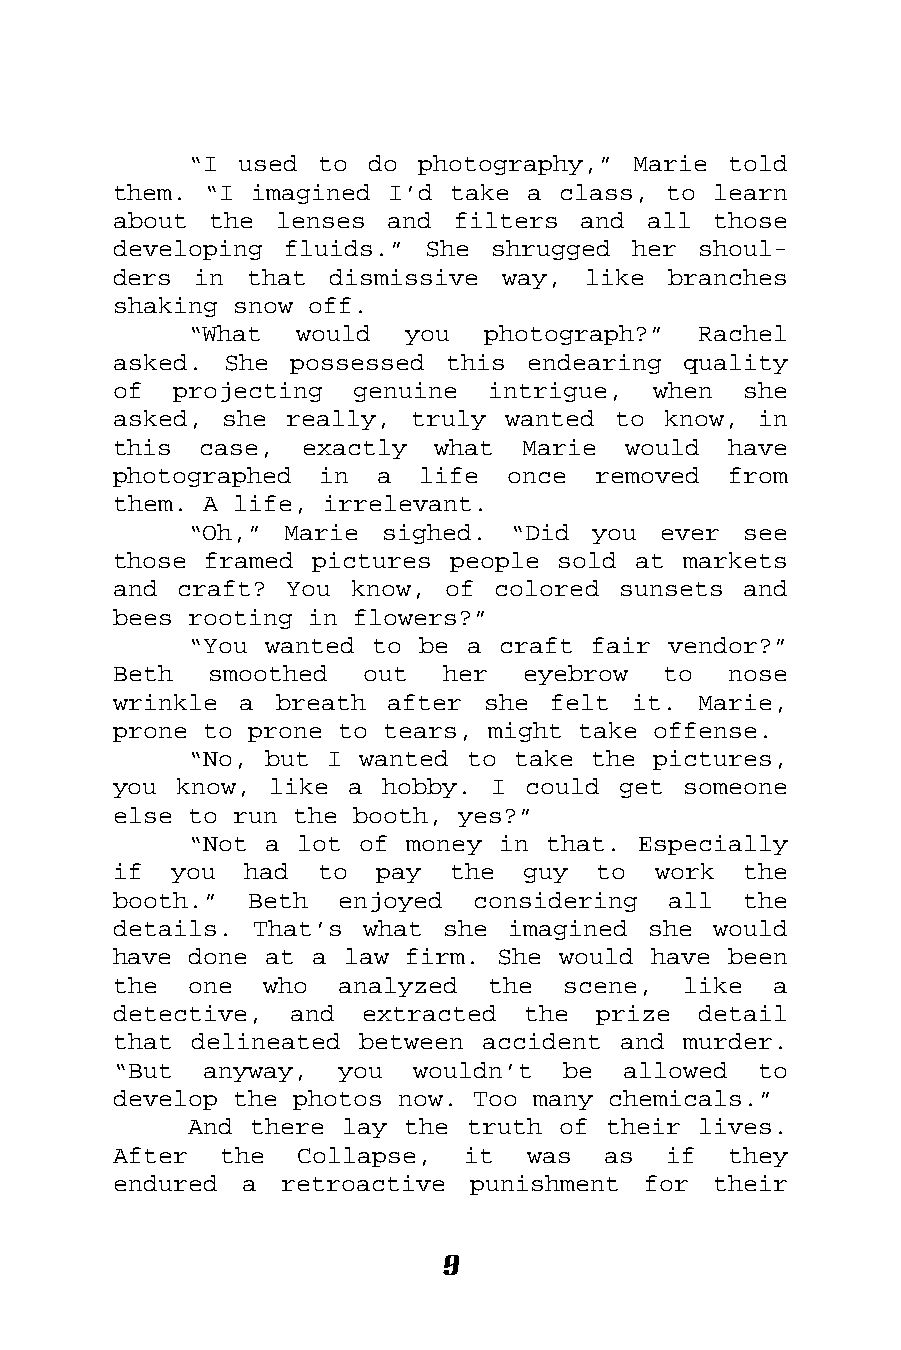
“I used to  do photography,” Marie  told
 them. “I imagined I’d take a class, to  learn
 about the  lenses and filters  and all  those
 developing fluids.”  She shrugged her  shoul-
 ders in  that dismissive  way, like  branches
 shaking snow off.
 “What  would  you  photograph?”   Rachel
 asked. She  possessed this endearing  quality
 of  projecting  genuine  intrigue,  when  she
 asked, she really,  truly wanted to know,  in
 this  case, exactly  what  Marie  would  have
 photographed  in a  life  once  removed  from
 them. A life, irrelevant.
 “Oh,” Marie  sighed. “Did  you ever  see
 those framed pictures people sold at  markets
 and craft? You  know, of colored sunsets  and
 bees rooting in flowers?”
 “You wanted to be a craft fair  vendor?”
 Beth  smoothed  out   her  eyebrow  to   nose
 wrinkle a  breath after she  felt it.  Marie,
 prone to prone to tears, might take offense.
 “No, but I wanted to take the  pictures,
 you know, like  a hobby. I could get  someone
 else to run the booth, yes?”
 “Not a lot of money in  that. Especially
 if  you  had to  pay  the  guy  to  work  the
 booth.”  Beth  enjoyed  considering  all  the
 details. That’s what  she imagined she  would
 have done at a law firm. She would have  been
 the  one  who  analyzed  the  scene,  like  a
 detective,  and extracted  the  prize  detail
 that delineated between accident and  murder.
 “But  anyway,  you  wouldn’t  be  allowed  to
 develop the photos now. Too many chemicals.”
 And there lay the truth of their  lives.
 After  the  Collapse,  it  was  as  if   they
 endured a  retroactive punishment  for  their
 9